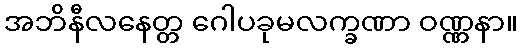
အဘိနီလနေတ္တ ဂေါပခုမလက္ခဏာ ဝဏ္ဏနာ။